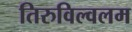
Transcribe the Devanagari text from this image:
तिरुविल्वलम